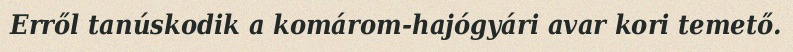
Erről tanúskodik a komárom-hajógyári avar kori temető.